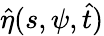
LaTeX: \hat{\eta}(s,\psi,\hat{t})